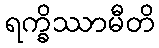
ရက္ခိဿာမီတိ